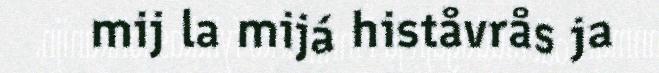
mij la mijá histåvrås ja